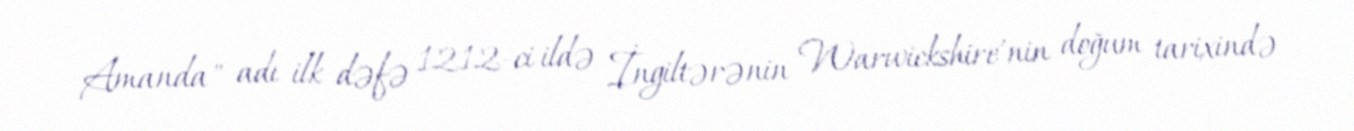
Amanda" adı ilk dəfə 1212-ci ildə İngiltərənin Warwickshire'nin doğum tarixində